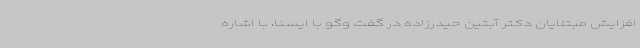
افزایش مبتلایان دکتر آبتین حیدرزاده در گفت وگو با ایسنا، با اشاره